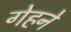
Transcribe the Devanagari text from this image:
गेहने